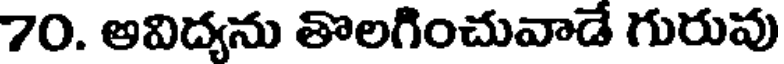
70. అవిద్యను తొలగించువాడే గురువు